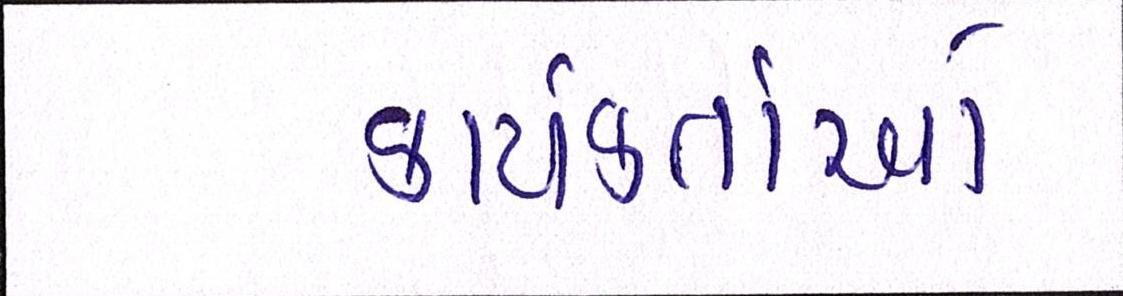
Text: કાર્યકર્તાઓ